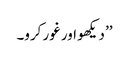
’’ دیکھو اور غور کرو۔